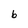
Character: b